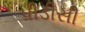
પીડીસી